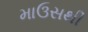
માઉસથી